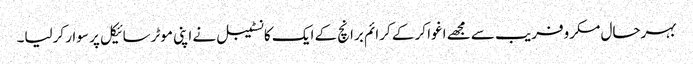
بہرحال مکروفریب سے مجھے اغوا کر کے کرائم برانچ کے ایک کانسٹیبل نے اپنی موٹرسائیکل پر سوار کرلیا۔